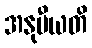
အနုမီယတိ